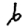
Digit: 6